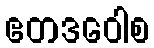
ဧတဒဝေါစ